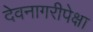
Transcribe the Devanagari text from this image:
देवनागरीपेक्षा